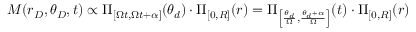
M ( r _ { D } , \theta _ { D } , t ) \propto \Pi _ { [ \Omega t , \Omega t + \alpha ] } ( \theta _ { d } ) \cdot \Pi _ { [ 0 , R ] } ( r ) = \Pi _ { \left[ \frac { \theta _ { d } } { \Omega } , \frac { \theta _ { d } + \alpha } { \Omega } \right] } ( t ) \cdot \Pi _ { [ 0 , R ] } ( r )